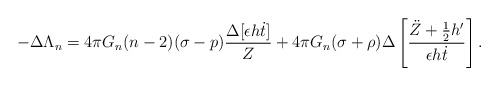
\begin{align*}-\Delta \Lambda_n=4 \pi G_n (n-2)(\sigma-p)\frac{\Delta [\epsilon h\dot t]}{Z}+4 \pi G_n(\sigma+\rho)\Delta \left[\frac{\ddot Z+\frac{1}{2}h'}{\epsilon h \dot t}\right].\end{align*}